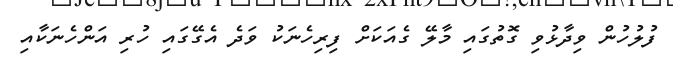
ފުލުހުން ވިދާޅުވި ގޮތުގައި މާލޭ ގެއަކަށް ފިރިހެނަކު ވަދެ އެގޭގައި ހުރި އަންހެނަކާއި